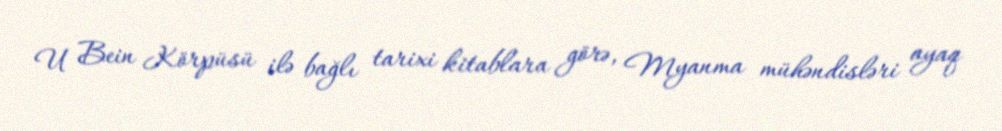
U Bein Körpüsü ilə bağlı tarixi kitablara görə, Myanma mühəndisləri ayaq